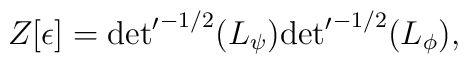
Z[\epsilon ]={{\det }'}^{-1/2} (L_\psi ){{\det }'}^{-1/2} (L_\phi ),